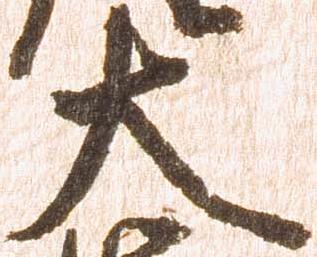
大